Civil Veterinary Dept. Bombay admin report 1893-99 - 1893-1899
Year: 1893
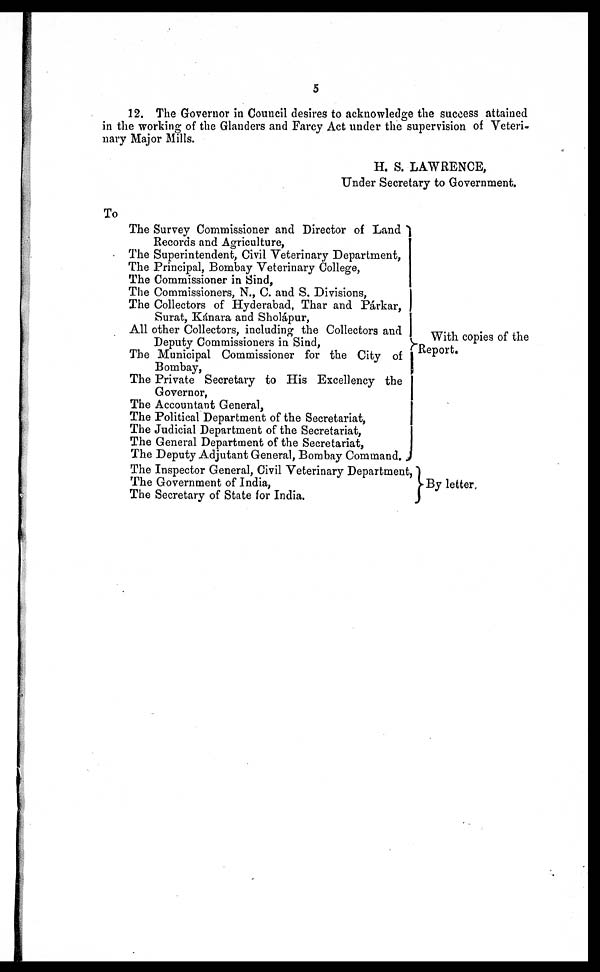
5
12. The Governor in Council desires to acknowledge the success attained
in the working of the Glanders and Farcy Act under the supervision of Veteri-
nary Major Mills.
H. S. LAWRENCE,
Under Secretary to Government.
To
The Survey Commissioner and Director of Land
Records and Agriculture,
The Superintendent, Civil Veterinary Department,
The Principal, Bombay Veterinary College,
The Commissioner in Sind,
The Commissioners, N., C. and S. Divisions,
The Collectors of Hyderabad, Thar and Párkar,
Surat, Kánara and Sholápur,
All other Collectors, including the Collectors and
Deputy Commissioners in Sind,
The Municipal Commissioner for the City of
Bombay,
The Private Secretary to His Excellency the
Governor,
The Accountant General,
The Political Department of the Secretariat,
The Judicial Department of the Secretariat,
The General Department of the Secretariat,
The Deputy Adjutant General, Bombay Command.
The Inspector General, Civil Veterinary Department
The Government of India,
The Secretary of State for India.
With copies of the
Report.
By letter